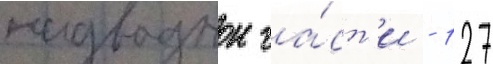
надводнои ча́ст'и - 127